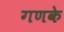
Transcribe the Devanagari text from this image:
गणके